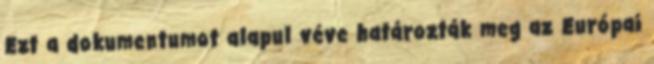
Ezt a dokumentumot alapul véve határozták meg az Európai